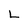
Character: L